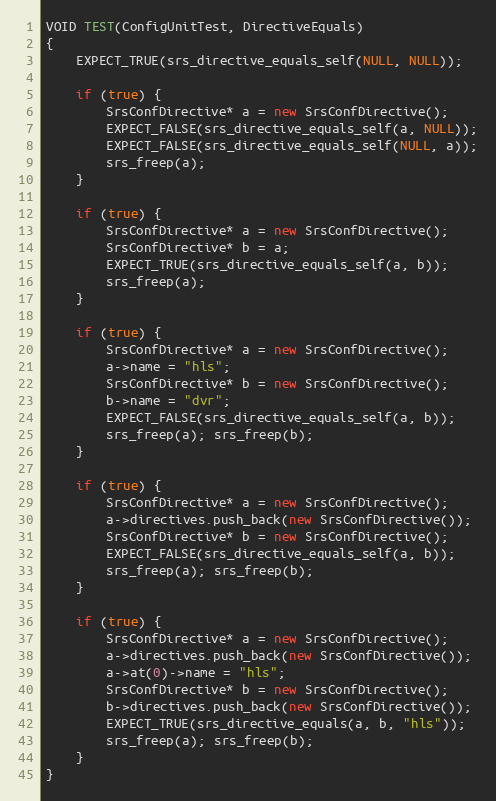
Language: C++
VOID TEST(ConfigUnitTest, DirectiveEquals)
{
    EXPECT_TRUE(srs_directive_equals_self(NULL, NULL));

    if (true) {
        SrsConfDirective* a = new SrsConfDirective();
        EXPECT_FALSE(srs_directive_equals_self(a, NULL));
        EXPECT_FALSE(srs_directive_equals_self(NULL, a));
        srs_freep(a);
    }

    if (true) {
        SrsConfDirective* a = new SrsConfDirective();
        SrsConfDirective* b = a;
        EXPECT_TRUE(srs_directive_equals_self(a, b));
        srs_freep(a);
    }

    if (true) {
        SrsConfDirective* a = new SrsConfDirective();
        a->name = "hls";
        SrsConfDirective* b = new SrsConfDirective();
        b->name = "dvr";
        EXPECT_FALSE(srs_directive_equals_self(a, b));
        srs_freep(a); srs_freep(b);
    }

    if (true) {
        SrsConfDirective* a = new SrsConfDirective();
        a->directives.push_back(new SrsConfDirective());
        SrsConfDirective* b = new SrsConfDirective();
        EXPECT_FALSE(srs_directive_equals_self(a, b));
        srs_freep(a); srs_freep(b);
    }

    if (true) {
        SrsConfDirective* a = new SrsConfDirective();
        a->directives.push_back(new SrsConfDirective());
        a->at(0)->name = "hls";
        SrsConfDirective* b = new SrsConfDirective();
        b->directives.push_back(new SrsConfDirective());
        EXPECT_TRUE(srs_directive_equals(a, b, "hls"));
        srs_freep(a); srs_freep(b);
    }
}